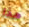
هذا